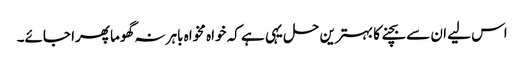
اس لیے ان سے بچنے کا بہترین حل یہی ہے کہ خواہ مخواہ باہر نہ گھوما پھرا جائے۔